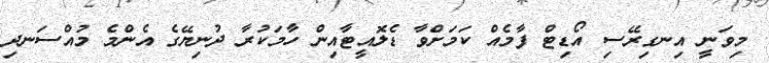
މިވަނީ އިނގިރޭސި އޯޑިޓް ފާމެއް ކަމަށްވާ ޑެލޮއީޓާއިން ހާމަކުރާ ދުނިޔޭގެ އެންމެ މުއްސަނދި